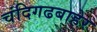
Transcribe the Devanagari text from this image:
चंदिगढबाहेर